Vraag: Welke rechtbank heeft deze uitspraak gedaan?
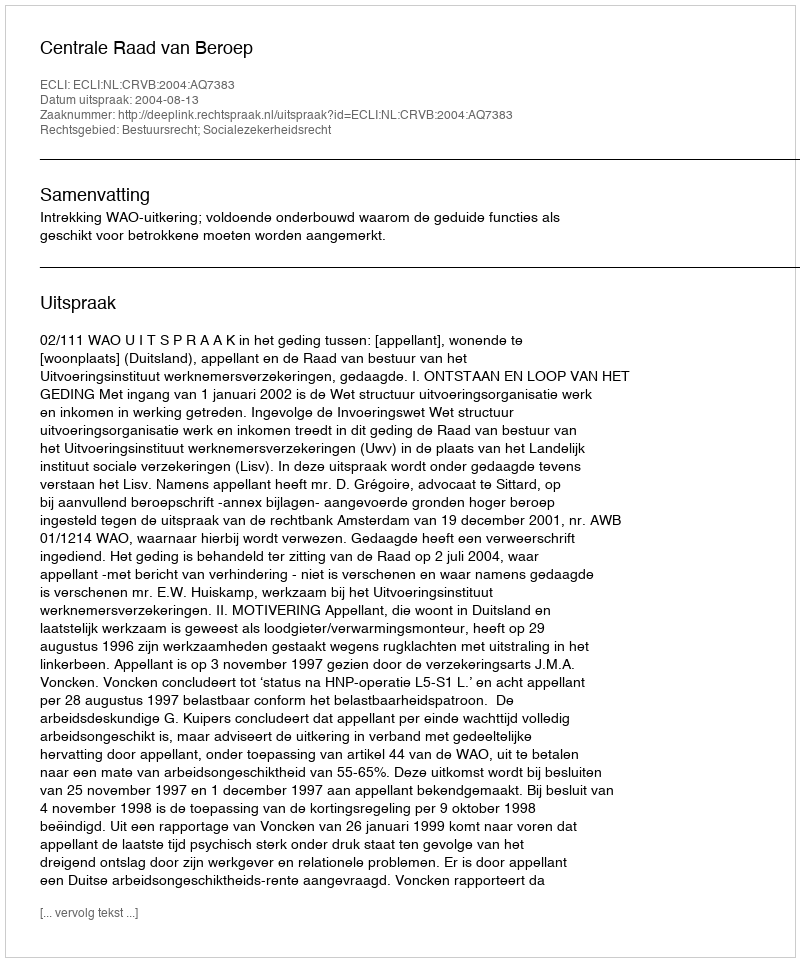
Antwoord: Centrale Raad van Beroep